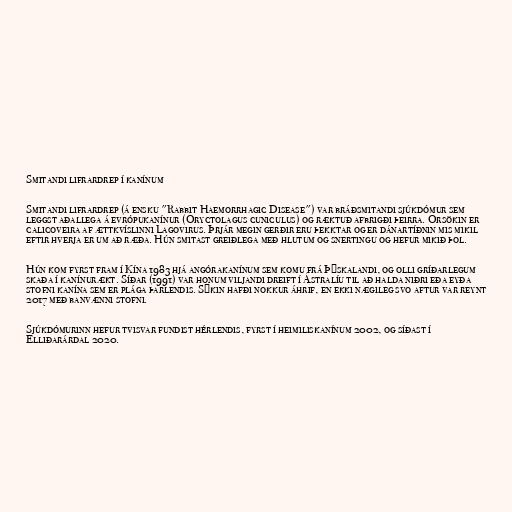
Smitandi lifrardrep í kanínum

Smitandi lifrardrep (á ensku "Rabbit Haemorrhagic Disease") var bráðsmitandi sjúkdómur sem
leggst aðallega á evrópukanínur (Oryctolagus cuniculus) og ræktuð afbrigði þeirra. Orsökin er
calicoveira af ættkvíslinni Lagovirus. Þrjár megin gerðir eru þekktar og er dánartíðnin mis mikil
eftir hverja er um að ræða. Hún smitast greiðlega með hlutum og snertingu og hefur mikið þol.

Hún kom fyrst fram í Kína 1983 hjá angórakanínum sem komu frá Þýskalandi, og olli gríðarlegum
skaða í kanínurækt. Síðar (1991) var honum viljandi dreift í Ástralíu til að halda niðri eða eyða
stofni kanína sem er plága þarlendis. Sýkin hafði nokkur áhrif, en ekki nægileg svo aftur var reynt
2017 með banvænni stofni.

Sjúkdómurinn hefur tvisvar fundist hérlendis, fyrst í heimiliskanínum 2002, og síðast í
Elliðarárdal 2020.